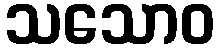
သသောဝ